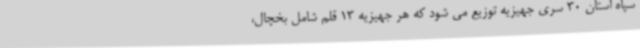
سپاه استان 30 سری جهیزیه توزیع می شود که هر جهیزیه 13 قلم شامل بخچال،